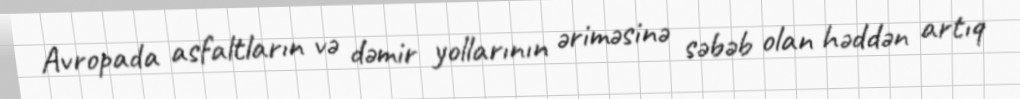
Avropada asfaltların və dəmir yollarının əriməsinə səbəb olan həddən artıq